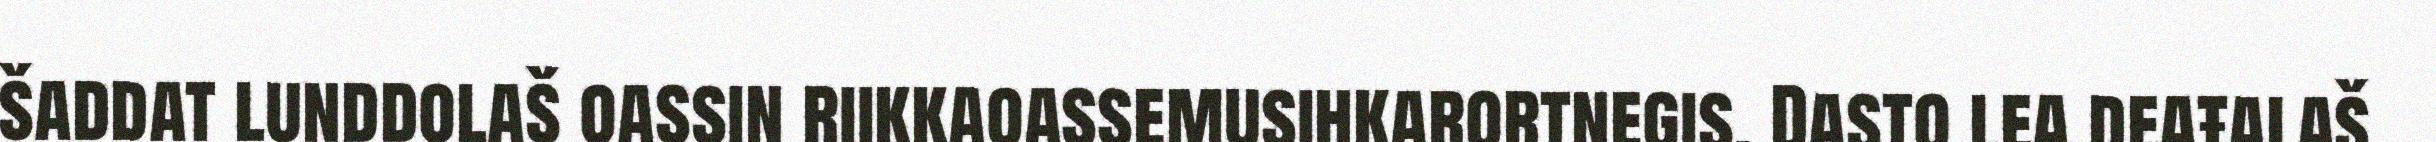
šaddat lunddolaš oassin riikkaoassemusihkarortnegis. Dasto lea deaŧalaš